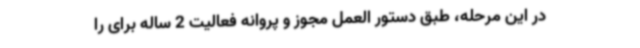
در این مرحله، طبق دستور العمل مجوز و پروانه فعالیت 2 ساله برای را